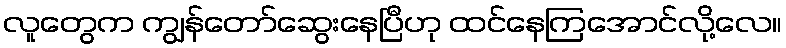
လူတွေက ကျွန်တော်ဆွေးနေပြီဟု ထင်နေကြအောင်လို့လေ။